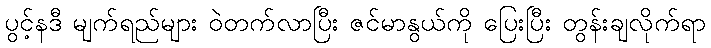
ပွင့်နဒီ မျက်ရည်များ ဝဲတက်လာပြီး ဇင်မာနွယ်ကို ပြေးပြီး တွန်းချလိုက်ရာ